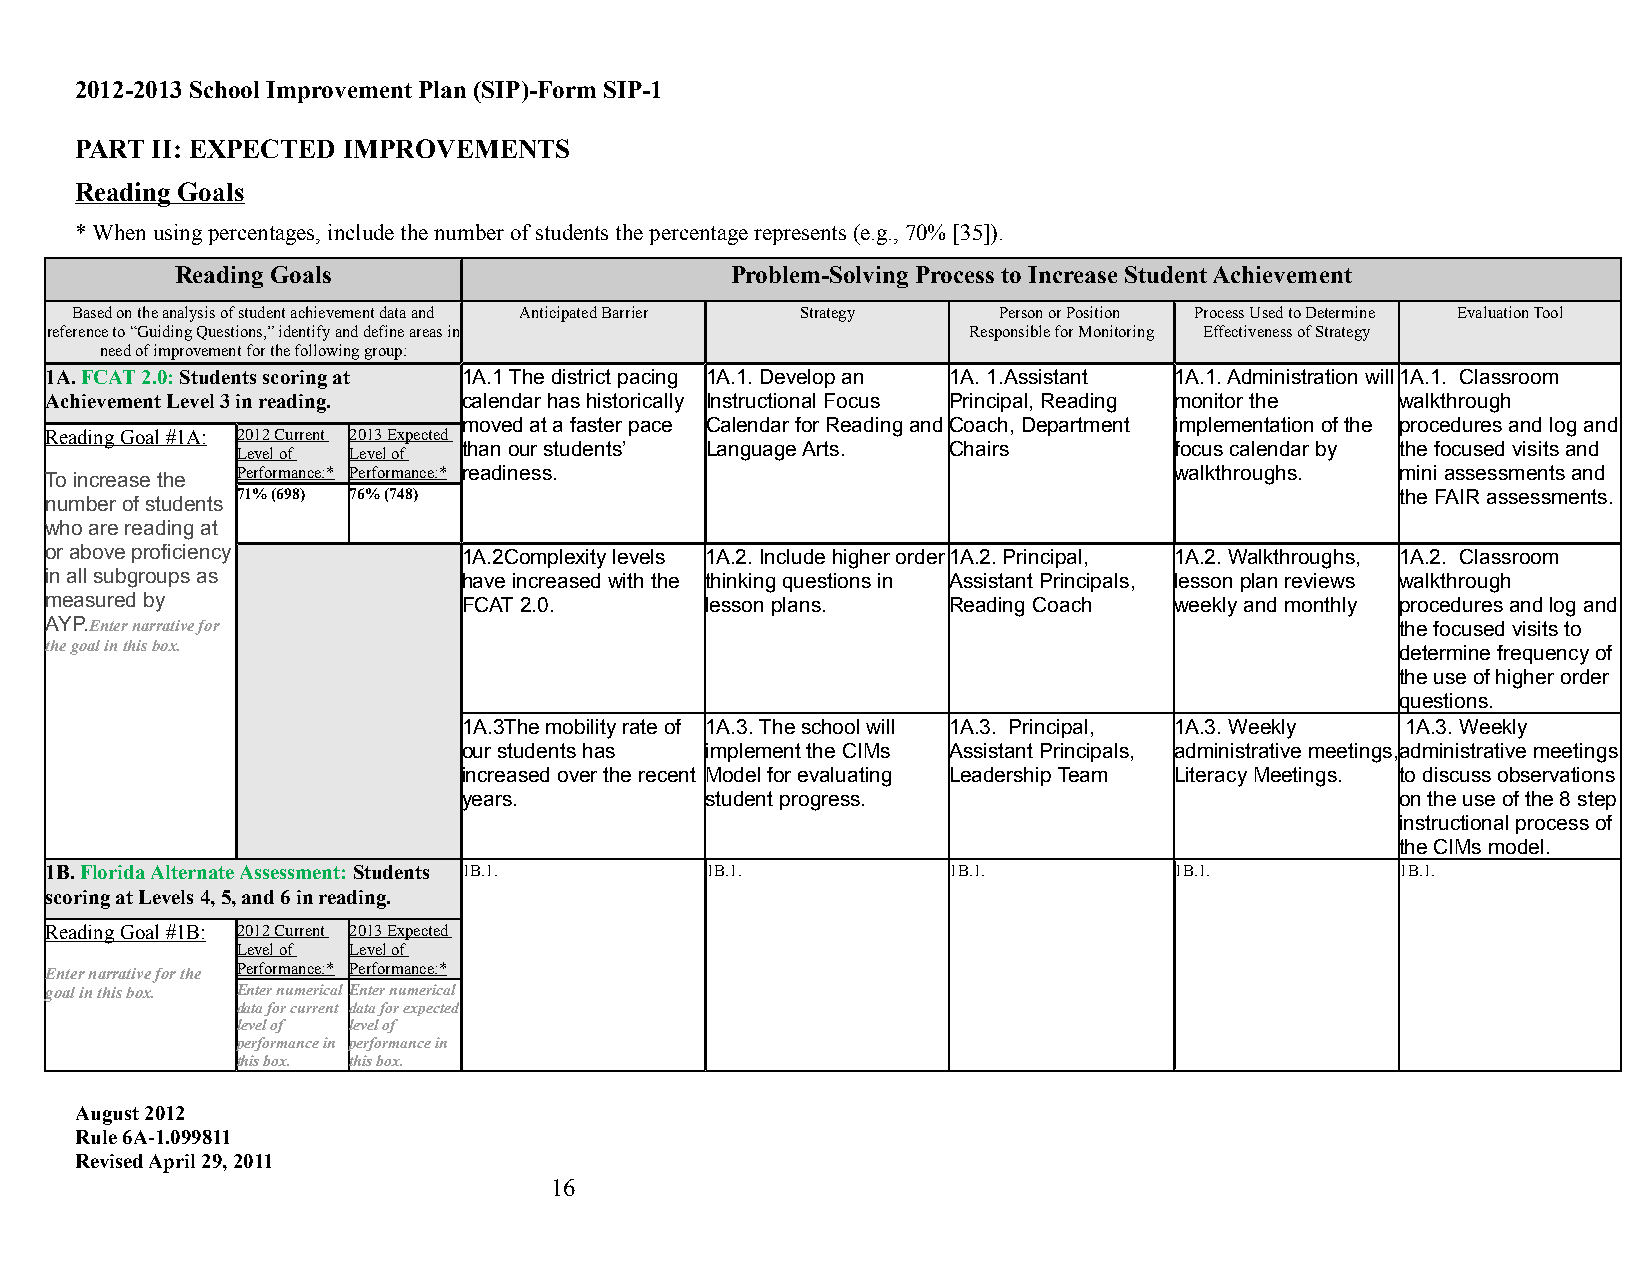
2012-2013 School Improvement Plan (SIP)-Form SIP-1
 PART II: EXPECTED IMPROVEMENTS
 Reading Goals
 * When using percentages, include the number of students the percentage represents (e.g., 70% [35]).
 Reading Goals                       Problem-Solving Process to Increase Student Achievement
 Based on the analysis of student achievement data and Anticipated Barrier Strategy Person or Position Process Used to Determine Evaluation Tool
 reference to “Guiding Questions,” identify and define areas in Responsible for Monitoring Effectiveness of Strategy
 need of improvement for the following group:
 1A. FCAT 2.0: Students scoring at 1A.1 The district pacing 1A.1. Develop an 1A. 1.Assistant 1A.1. Administration will 1A.1. Classroom
 Achievement Level 3 in reading. calendar has historically Instructional Focus Principal, Reading monitor the walkthrough
 moved at a faster pace Calendar for Reading and Coach, Department implementation of the procedures and log and
 Reading Goal #1A: 2012 Current 2013 Expected
 than our students’ Language Arts. Chairs       focus calendar by the focused visits and
 Level of Level of
 To increase the Performance:* Performance:* readiness.                     walkthroughs.  mini assessments and
 71% (698) 76% (748)                                                          the FAIR assessments.
 number of students
 who are reading at
 or above proficiency        1A.2Complexity levels 1A.2. Include higher order 1A.2. Principal, 1A.2. Walkthroughs, 1A.2. Classroom
 in all subgroups as         have increased with the thinking questions in Assistant Principals, lesson plan reviews walkthrough
 measured by                 FCAT 2.0.       lesson plans.   Reading Coach  weekly and monthly procedures and log and
 AYP.Enter narrative for                                                                   the focused visits to
 the goal in this box.                                                                     determine frequency of
 the use of higher order
 questions.
 1A.3The mobility rate of 1A.3. The school will 1A.3. Principal, 1A.3. Weekly 1A.3. Weekly
 our students has implement the CIMs Assistant Principals, administrative meetings, administrative meetings
 increased over the recent Model for evaluating Leadership Team Literacy Meetings. to discuss observations
 years.          student progress.                             on the use of the 8 step
 instructional process of
 the CIMs model.
 1B. Florida Alternate Assessment: Students 1B.1. 1B.1.      1B.1.          1B.1.          1B.1.
 scoring at Levels 4, 5, and 6 in reading.
 Reading Goal #1B: 2012 Current 2013 Expected
 Level of Level of
 Enter narrative for the Performance:* Performance:*
 goal in this box. Enter numerical Enter numerical
 data for current data for expected
 level of level of
 performance in performance in
 this box. this box.
 August 2012
 Rule 6A-1.099811
 Revised April 29, 2011
 16